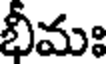
భీమః